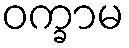
ဝက္ခာမ